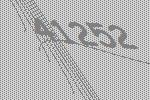
41252